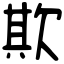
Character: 欺